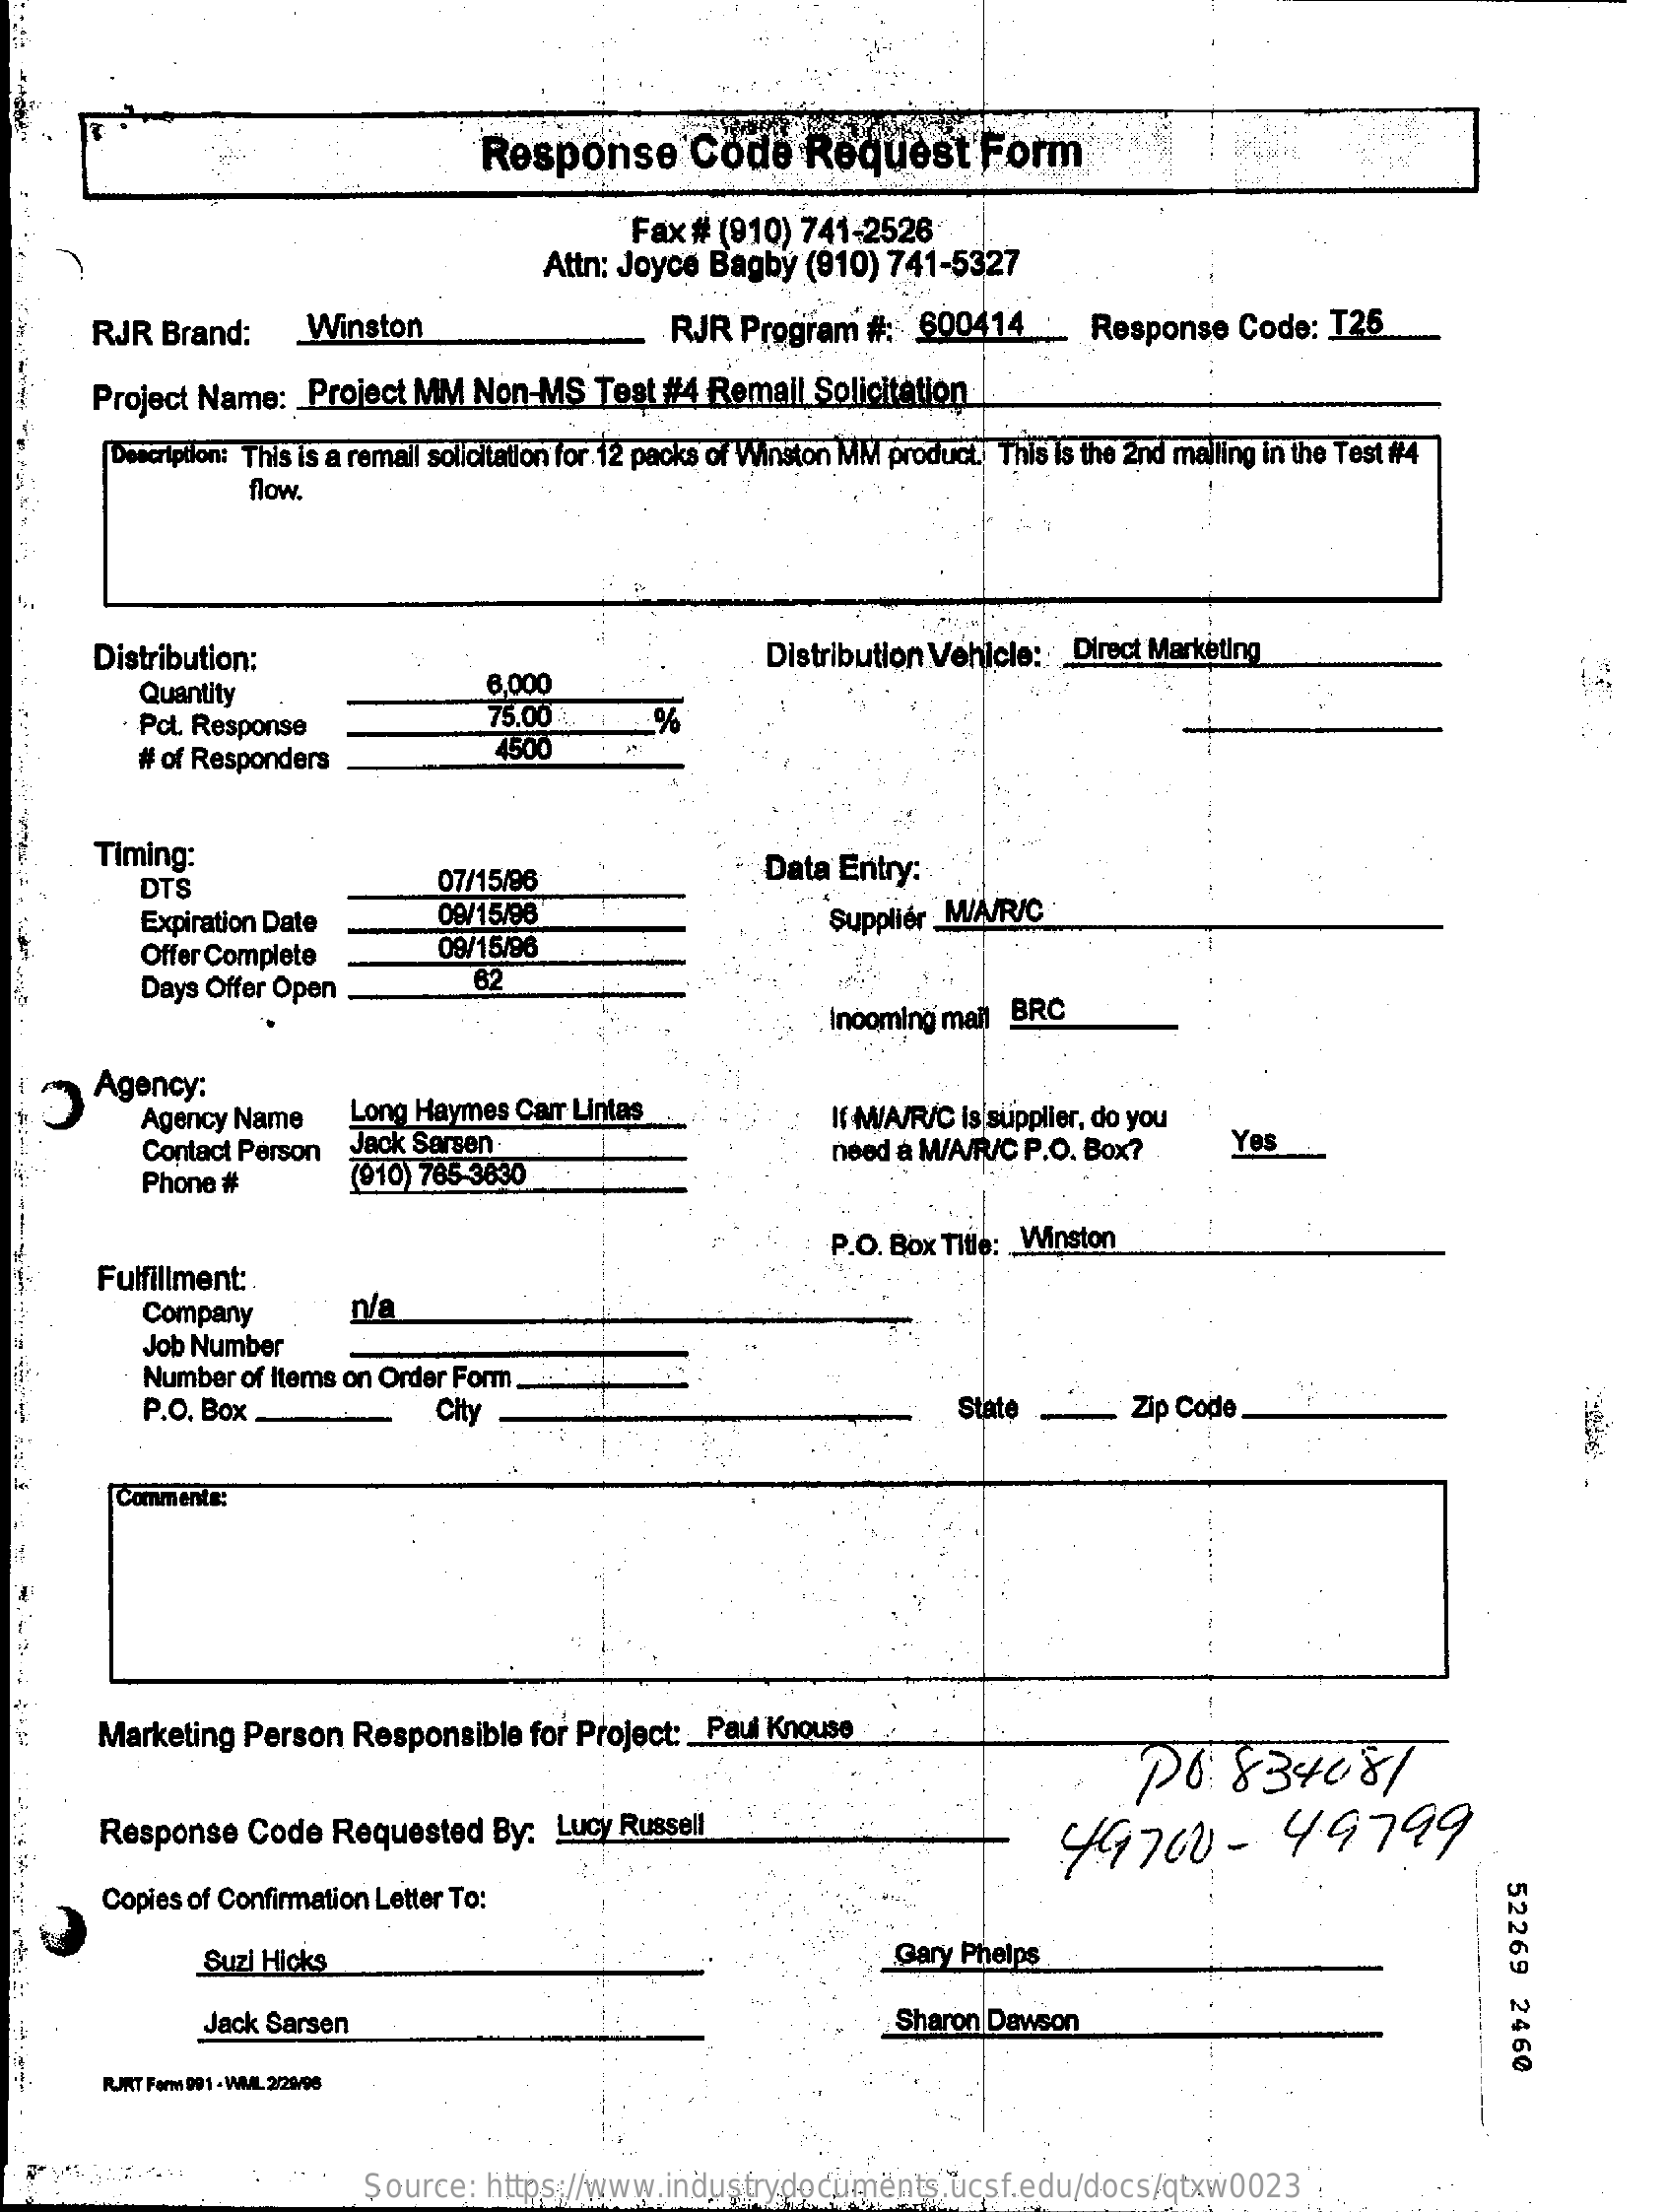
Response    Code    Request    Form
     Fax # (910) 741-2526-
     Attn: Joyce Bagby  (910) 741-5327
     RJR  Brand:    Winston    RJR  Program   #: 600414   __  Response   Code:  T25
     Project Name:  Project MM   Non-MS   Test #4 Remail  Solicitation
     Description: This is a remail solicitation for 12 packs of Winston MM product. This is the 2nd malling in the Test #4
     flow.
     Distribution:    Distribution Vehicle: _ Direct Marketing
     Quantity    6,000
     Pct. Response    75.00
     # of Responders
     4500
     -%
     Timing:
     DTS    07/15/96    Data  Entry:
     Expiration Date    09/15/98    Supplier M/A/R/C
     Offer Complete    09/15/96
     Days Offer Open    62
     Incoming mail BRC
     Agency:
     Agency Name    Long Haymes Car Lintas    If W/A/R/C is supplier, do you
     Contact Person Jack Sarsen.
     Phone #    (910) 765-3630
     need a M/A/R/C P.O. Box?    Yes
     P.O. Box Title: Winston
     Fulfillment:
     Company    n/a
     Job Number
     Number of Items on Order Form ...
     P.O. Box _    City    State    Zip Code
     Comments:
     Marketing  Person  Responsible  for Project: _ Paul Knouse
     Do:   8340.87
     Response   Code  Requested   By:  Lucy Russell    49700    -  49799
     Copies of Confirmation Letter To:
     52269
     2460
     Suzi Hicks    Gary Phelps
     Jack Sarsen    Sharon Dawson
     RIRT Form 991 - WML 2/26/98
     Source:  https://www.industrydocuments.ucsf.edu/docs/qtxw0023